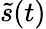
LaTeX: \tilde{s}(t)